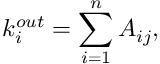
k _ { i } ^ { o u t } = \sum _ { i = 1 } ^ { n } A _ { i j } ,